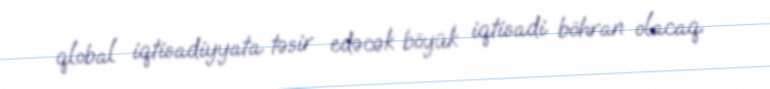
qlobal iqtisadiyyata təsir edəcək böyük iqtisadi böhran olacaq.